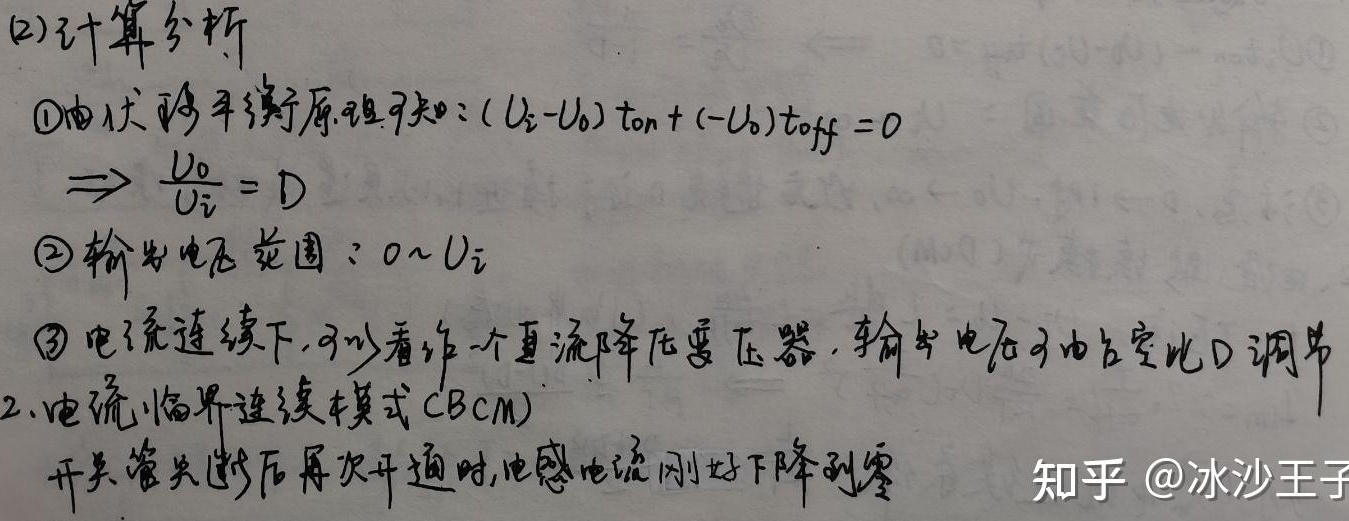
(2)计算分析
\textcircled{1}由伏秒平衡原理可知: \((U_{i}-U_{o})t_{on}+(-U_{o})t_{off} = 0\)
\(\Rightarrow \frac{U_{o}}{U_{i}} = D\)
\textcircled{2} 输出电压范围：\(0\sim U_{i}\)
\textcircled{3} 电流连续下, 可以看作一个直流降压变压器, 输出电压由占空比D调节
2. 电流临界连续模式(BCM)
开关管关断后再次开通时, 电感电流刚好下降到零
知乎 @冰沙王子